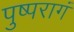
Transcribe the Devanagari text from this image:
पुष्परागं